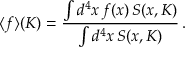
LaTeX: \langle f \rangle ( K ) = \frac { \int d ^ { 4 } x \, f ( x ) \, S ( x , K ) } { \int d ^ { 4 } x \, S ( x , K ) } \, .